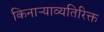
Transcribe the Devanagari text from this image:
किनाऱ्याव्यतिरिक्त